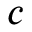
c